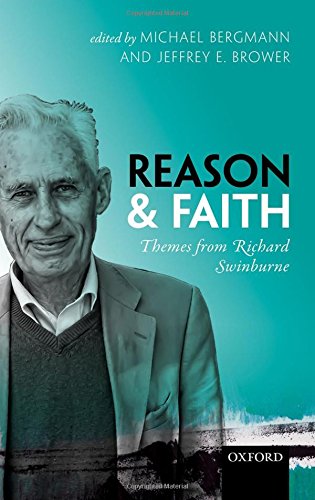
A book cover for Reason and Faith: Themes from Richard Swinburne; Religion & Spirituality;